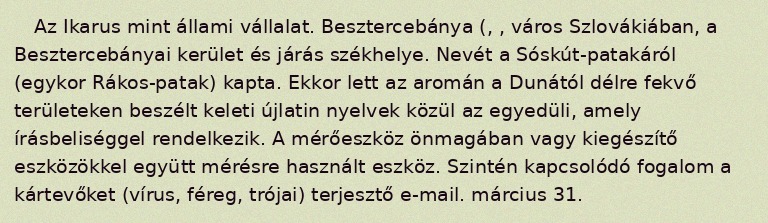
Az Ikarus mint állami vállalat. Besztercebánya (, , város Szlovákiában, a Besztercebányai kerület és járás székhelye. Nevét a Sóskút-patakáról (egykor Rákos-patak) kapta. Ekkor lett az aromán a Dunától délre fekvő területeken beszélt keleti újlatin nyelvek közül az egyedüli, amely írásbeliséggel rendelkezik. A mérőeszköz önmagában vagy kiegészítő eszközökkel együtt mérésre használt eszköz. Szintén kapcsolódó fogalom a kártevőket (vírus, féreg, trójai) terjesztő e-mail. március 31.